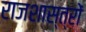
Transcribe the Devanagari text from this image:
राजशास्त्रों